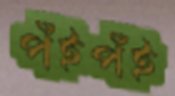
পঁইপঁই